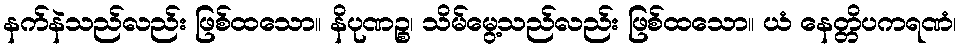
နက်နဲသည်လည်း ဖြစ်ထသော။ နိပုဏဉ္စ၊ သိမ်မွေ့သည်လည်း ဖြစ်ထသော။ ယံ နေတ္တိပကရဏံ၊